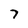
Character: 7